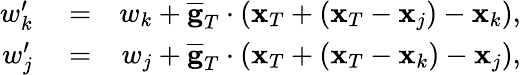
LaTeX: \begin{array}{rlr}{w_{k}^{\prime}}&{{}=}&{w_{k}+\overline{{\mathbf g}}_{T}\cdot({\mathbf x}_{T}+({\mathbf x}_{T}-{\mathbf x}_{j})-{\mathbf x}_{k}),}\\ {w_{j}^{\prime}}&{{}=}&{w_{j}+\overline{{\mathbf g}}_{T}\cdot({\mathbf x}_{T}+({\mathbf x}_{T}-{\mathbf x}_{k})-{\mathbf x}_{j}),}\end{array}